Annual statistical returns and brief notes on vaccination in Bengal - 1909-1929
Year: 1909
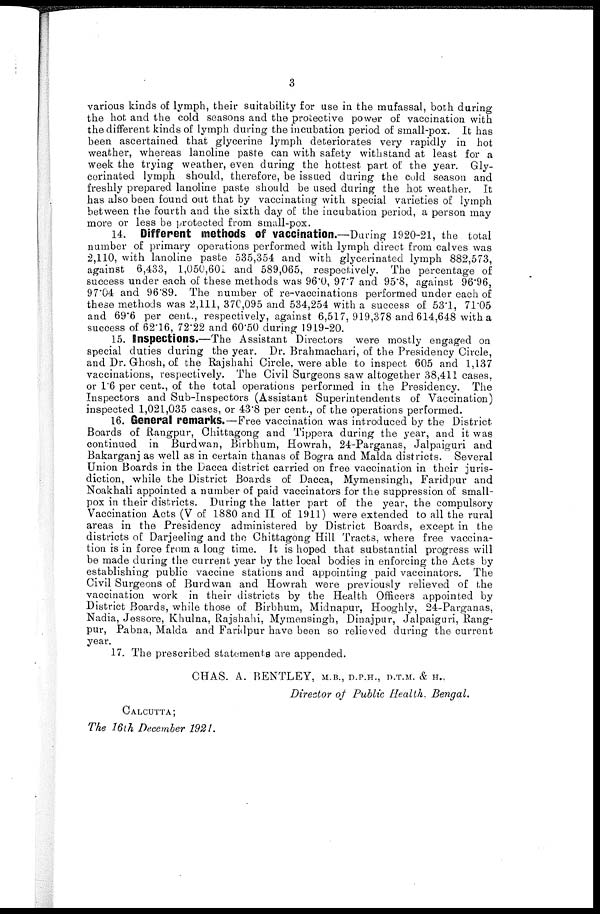
3
various kinds of lymph, their suitability for use in the mufassal, both during
the hot and the cold seasons and the protective power of vaccination with
the different kinds of lymph during the incubation period of small-pox. It has
been ascertained that glycerine lymph deteriorates very rapidly in hot
weather, whereas lanoline paste can with safety withstand at least for a
week the trying weather, even during the hottest part of the year. Gly-
corinated lymph should, therefore, be issued during the cold season and
freshly prepared lanoline paste should be used during the hot weather. It
has also been found out that by vaccinating with special varieties of lymph
between the fourth and the sixth day of the incubation period, a person may
more or less be protected from small-pox.
14. Different methods of vaccination.—During 1920-21, the total
number of primary operations performed with lymph direct from calves was
2,110, with lanoline paste 535,354 and with glycerinated lymph 882,573,
against 6,433, 1,050,601 and 589,065, respectively. The percentage of
success under each of these methods was 96.0, 97.7 and 95.8, against 96.96,
97.04 and 96.89. The number of re-vaccinations performed under each of
these methods was 2,111, 370,095 and 534,254 with a success of 53.1, 71.05
and 69.6 per cent., respectively, against 6,517, 919,378 and 614,648 with a
success of 62.16, 72.22 and 60.50 during 1919-20.
15. Inspections.—The Assistant Directors were mostly engaged on
special duties during the year. Dr. Brahmachari, of the Presidency Circle,
and Dr. Ghosh, of the Rajshahi Circle, were able to inspect 605 and 1,137
vaccinations, respectively. The Civil Surgeons saw altogether 38,411 cases,
or 1.6 per cent., of the total operations performed in the Presidency. The
Inspectors and Sub-Inspectors (Assistant Superintendents of Vaccination)
inspected 1,021,035 cases, or 43.8 per cent., of the operations performed.
16. General remarks.—Free vaccination was introduced by the District.
Boards of Rangpur, Chittagong and Tippera during the year, and it was
continued in Burdwan, Birbhum, Howrah, 24-Parganas, Jalpaiguri and
Bakarganj as well as in certain thanas of Bogra and Malda districts. Several
Union Boards in the Dacca district carried on free vaccination in their juris-
diction, while the District Boards of Dacca, Mymensingh, Faridpur and
Noakhali appointed a number of paid vaccinators for the suppression of small-
pox in their districts. During the latter part of the year, the compulsory
Vaccination Acts (V of 1880 and II of 1911) were extended to all the rural
areas in the Presidency administered by District Boards, except in the
districts of Darjeeling and the Chittagong Hill Tracts, where free vaccina-
tion is in force from a long time. It is hoped that substantial progress will
be made during the current year by the local bodies in enforcing the Acts by
establishing public vaccine stations and appointing paid vaccinators. The
Civil Surgeons of Burdwan and Howrah were previously relieved of the
vaccination work in their districts by the Health Officers appointed by
District Boards, while those of Birbhum, Midnapur, Hooghly, 24-Parganas,
Nadia, Jessore, Khulna, Rajshahi, Mymensingh, Dinajpur, Jalpaiguri, Rang-
pur, Pabna, Malda and Faridpur have been so relieved during the current
year.
17. The prescribed statements are appended.
CHAS. A. BENTLEY, M.B., D.P.H., D.T.M. & H.,
Director of Public Health, Bengal.
CALCUTTA;
The 16th December 1921.